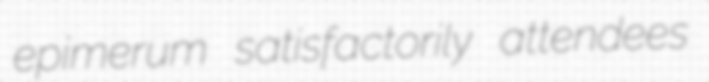
epimerum satisfactorily attendees